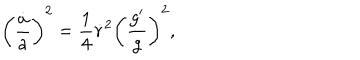
LaTeX: \left( { \frac { \dot { a } } { a } } \right) ^ { 2 } = { \frac { 1 } { 4 } } \dot { r } ^ { 2 } \left( { \frac { g ^ { \prime } } { g } } \right) ^ { 2 } ,